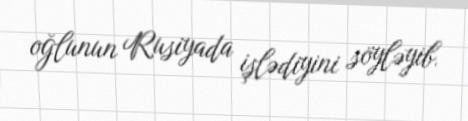
oğlunun Rusiyada işlədiyini söyləyib.